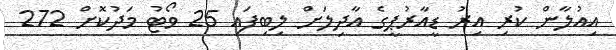
އިއުލާން ކުރި އިރު ޑީއާރުޕީގެ އާދިލަށް ލިބިފައި 25 ވޯޓު މަދުކޮށް 272